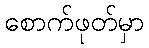
စောက်ဖုတ်မှာ